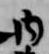
内